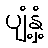
ပျံ့နှံ့